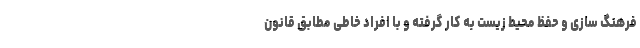
فرهنگ سازی و حفظ محیط زیست به کار گرفته و با افراد خاطی مطابق قانون